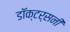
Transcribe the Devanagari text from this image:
डॉक्टर्सनी